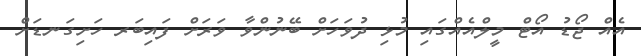
އެއް ޖޯޑު އޯޓް މީލްއެއްގައި މުޅި ދުވަހަށް ބޭނުންވާ ވަރަށް ފައިބަރ ހަށިގަނޑަށް